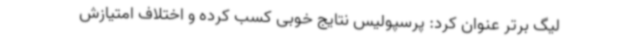
لیگ برتر عنوان کرد: پرسپولیس نتایج خوبی کسب کرده و اختلاف امتیازش